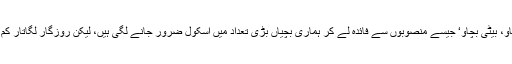
آج ’بیٹی پڑھاؤ، بیٹی بچاؤ‘ جیسے منصوبوں سے فائدہ لے کر ہماری بچیاں بڑی تعداد میں اسکول ضرور جانے لگی ہیں، لیکن روزگار لگاتار کم ہو رہے ہیں۔